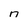
Character: n